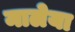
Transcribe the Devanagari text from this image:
मालेया